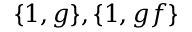
\{ 1 , g \} , \{ 1 , g f \}